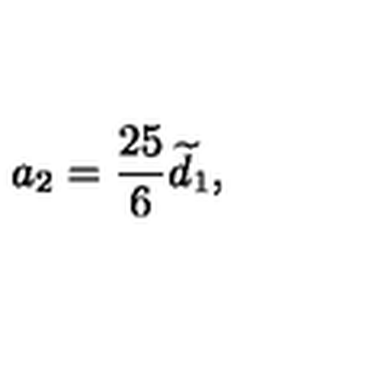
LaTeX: a _ { 2 } = \frac { 2 5 } { 6 } \widetilde { d } _ { 1 } ,